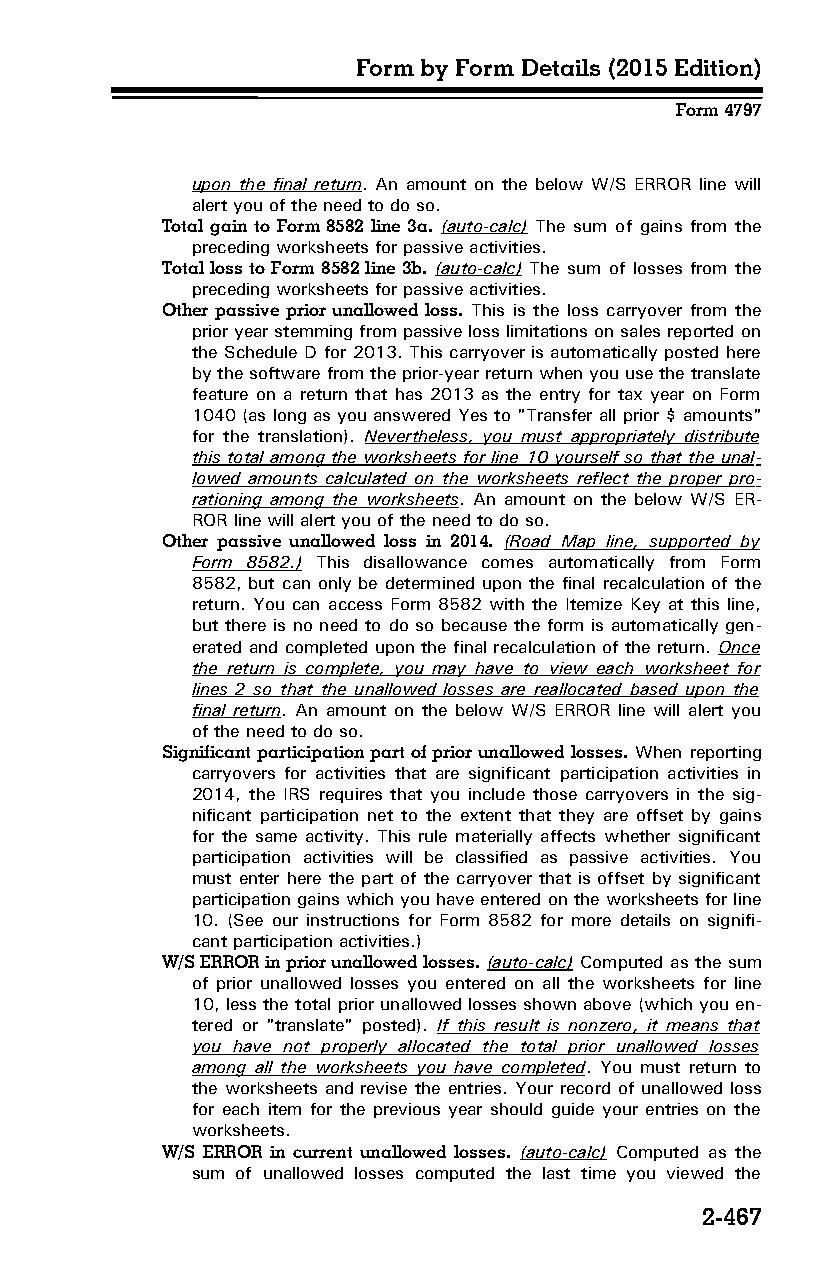
Form by Form Details (2015 Edition)
 Form 4797
 upon the final return. An amount on the below W/S ERROR line will
 alert you of the need to do so.
 Total gain to Form 8582 line 3a. (auto-calc) The sum of gains from the
 preceding worksheets for passive activities.
 Total loss to Form 8582 line 3b. (auto-calc) The sum of losses from the
 preceding worksheets for passive activities.
 Other passive prior unallowed loss. This is the loss carryover from the
 prior year stemming from passive loss limitations on sales reported on
 the Schedule D for 2013. This carryover is automatically posted here
 by the software from the prior-year return when you use the translate
 feature on a return that has 2013 as the entry for tax year on Form
 1040 (as long as you answered Yes to "Transfer all prior $ amounts"
 for the translation). Nevertheless, you must appropriately distribute
 this total among the worksheets for line 10 yourself so that the unal­
 lowed amounts calculated on the worksheets reflect the proper pro­
 rationing among the worksheets. An amount on the below W/S ER­
 ROR line will alert you of the need to do so.
 Other passive unallowed loss in 2014. (Road Map line, supported by
 Form 8582.) This disallowance comes automatically from Form
 8582, but can only be determined upon the final recalculation of the
 return. You can access Form 8582 with the Itemize Key at this line,
 but there is no need to do so because the form is automatically gen­
 erated and completed upon the final recalculation of the return. Once
 the return is complete, you may have to view each worksheet for
 lines 2 so that the unallowed losses are reallocated based upon the
 final return. An amount on the below W/S ERROR line will alert you
 of the need to do so.
 Significant participation part of prior unallowed losses. When reporting
 carryovers for activities that are significant participation activities in
 2014, the IRS requires that you include those carryovers in the sig­
 nificant participation net to the extent that they are offset by gains
 for the same activity. This rule materially affects whether significant
 participation activities will be classified as passive activities. You
 must enter here the part of the carryover that is offset by significant
 participation gains which you have entered on the worksheets for line
 10. (See our instructions for Form 8582 for more details on signifi­
 cant participation activities.)
 W/S ERROR in prior unallowed losses. (auto-calc) Computed as the sum
 of prior unallowed losses you entered on all the worksheets for line
 10, less the total prior unallowed losses shown above (which you en­
 tered or "translate" posted). If this result is nonzero, it means that
 you have not properly allocated the total prior unallowed losses
 among all the worksheets you have completed. You must return to
 the worksheets and revise the entries. Your record of unallowed loss
 for each item for the previous year should guide your entries on the
 worksheets.
 W/S ERROR in current unallowed losses. (auto-calc) Computed as the
 sum of unallowed losses computed the last time you viewed the
 2-467